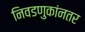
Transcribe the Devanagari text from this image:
निवडणुकांनतर